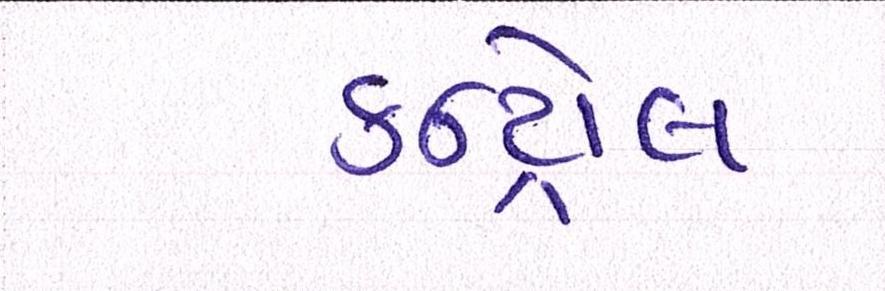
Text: કન્ટ્રોલ